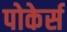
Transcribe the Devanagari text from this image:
पोकेर्स